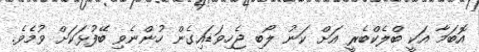
އޮބަމާ އަކީ ބްލެކްބެރީ އަށް ކަނު ލޯބި ޖެހިވަޑައިގެން ހުންނެވި ބޭފުޅަކަށް ވުމެވެ.